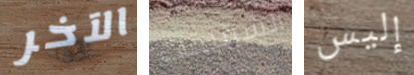
الآخر الشقيقات إليس